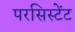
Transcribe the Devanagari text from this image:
परसिस्टेंट